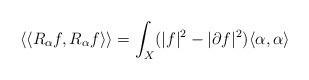
LaTeX: \begin{align*} \langle \langle R_{\alpha} f,R_{\alpha} f\rangle\rangle =\int_{X} (\vert f \vert^{2} - \vert \partial f \vert^{2}) \langle \alpha, \alpha \rangle \end{align*}